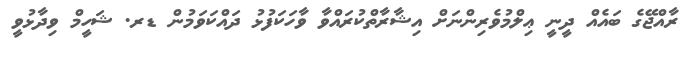
ރާއްޖޭގެ ބައެއް ދީނީ ޢިލްމުވެރިންނަށް އިޝާރާތްކުރައްވާ ވާހަކަފުޅު ދައްކަވަމުން ޑރ. ޝަހީމް ވިދާޅުވީ